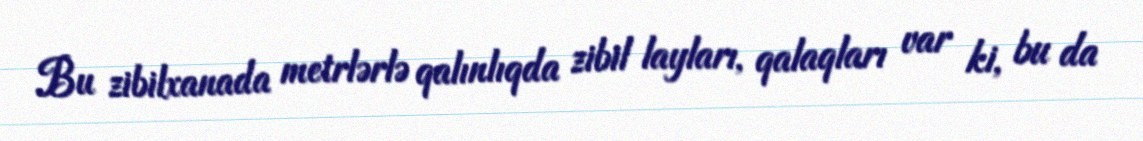
Bu zibilxanada metrlərlə qalınlıqda zibil layları, qalaqları var ki, bu da